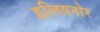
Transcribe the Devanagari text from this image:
इलियनोर